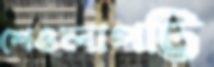
শেওলাপট্টি